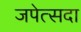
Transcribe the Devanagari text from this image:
जपेत्सदा